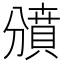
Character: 𧷐